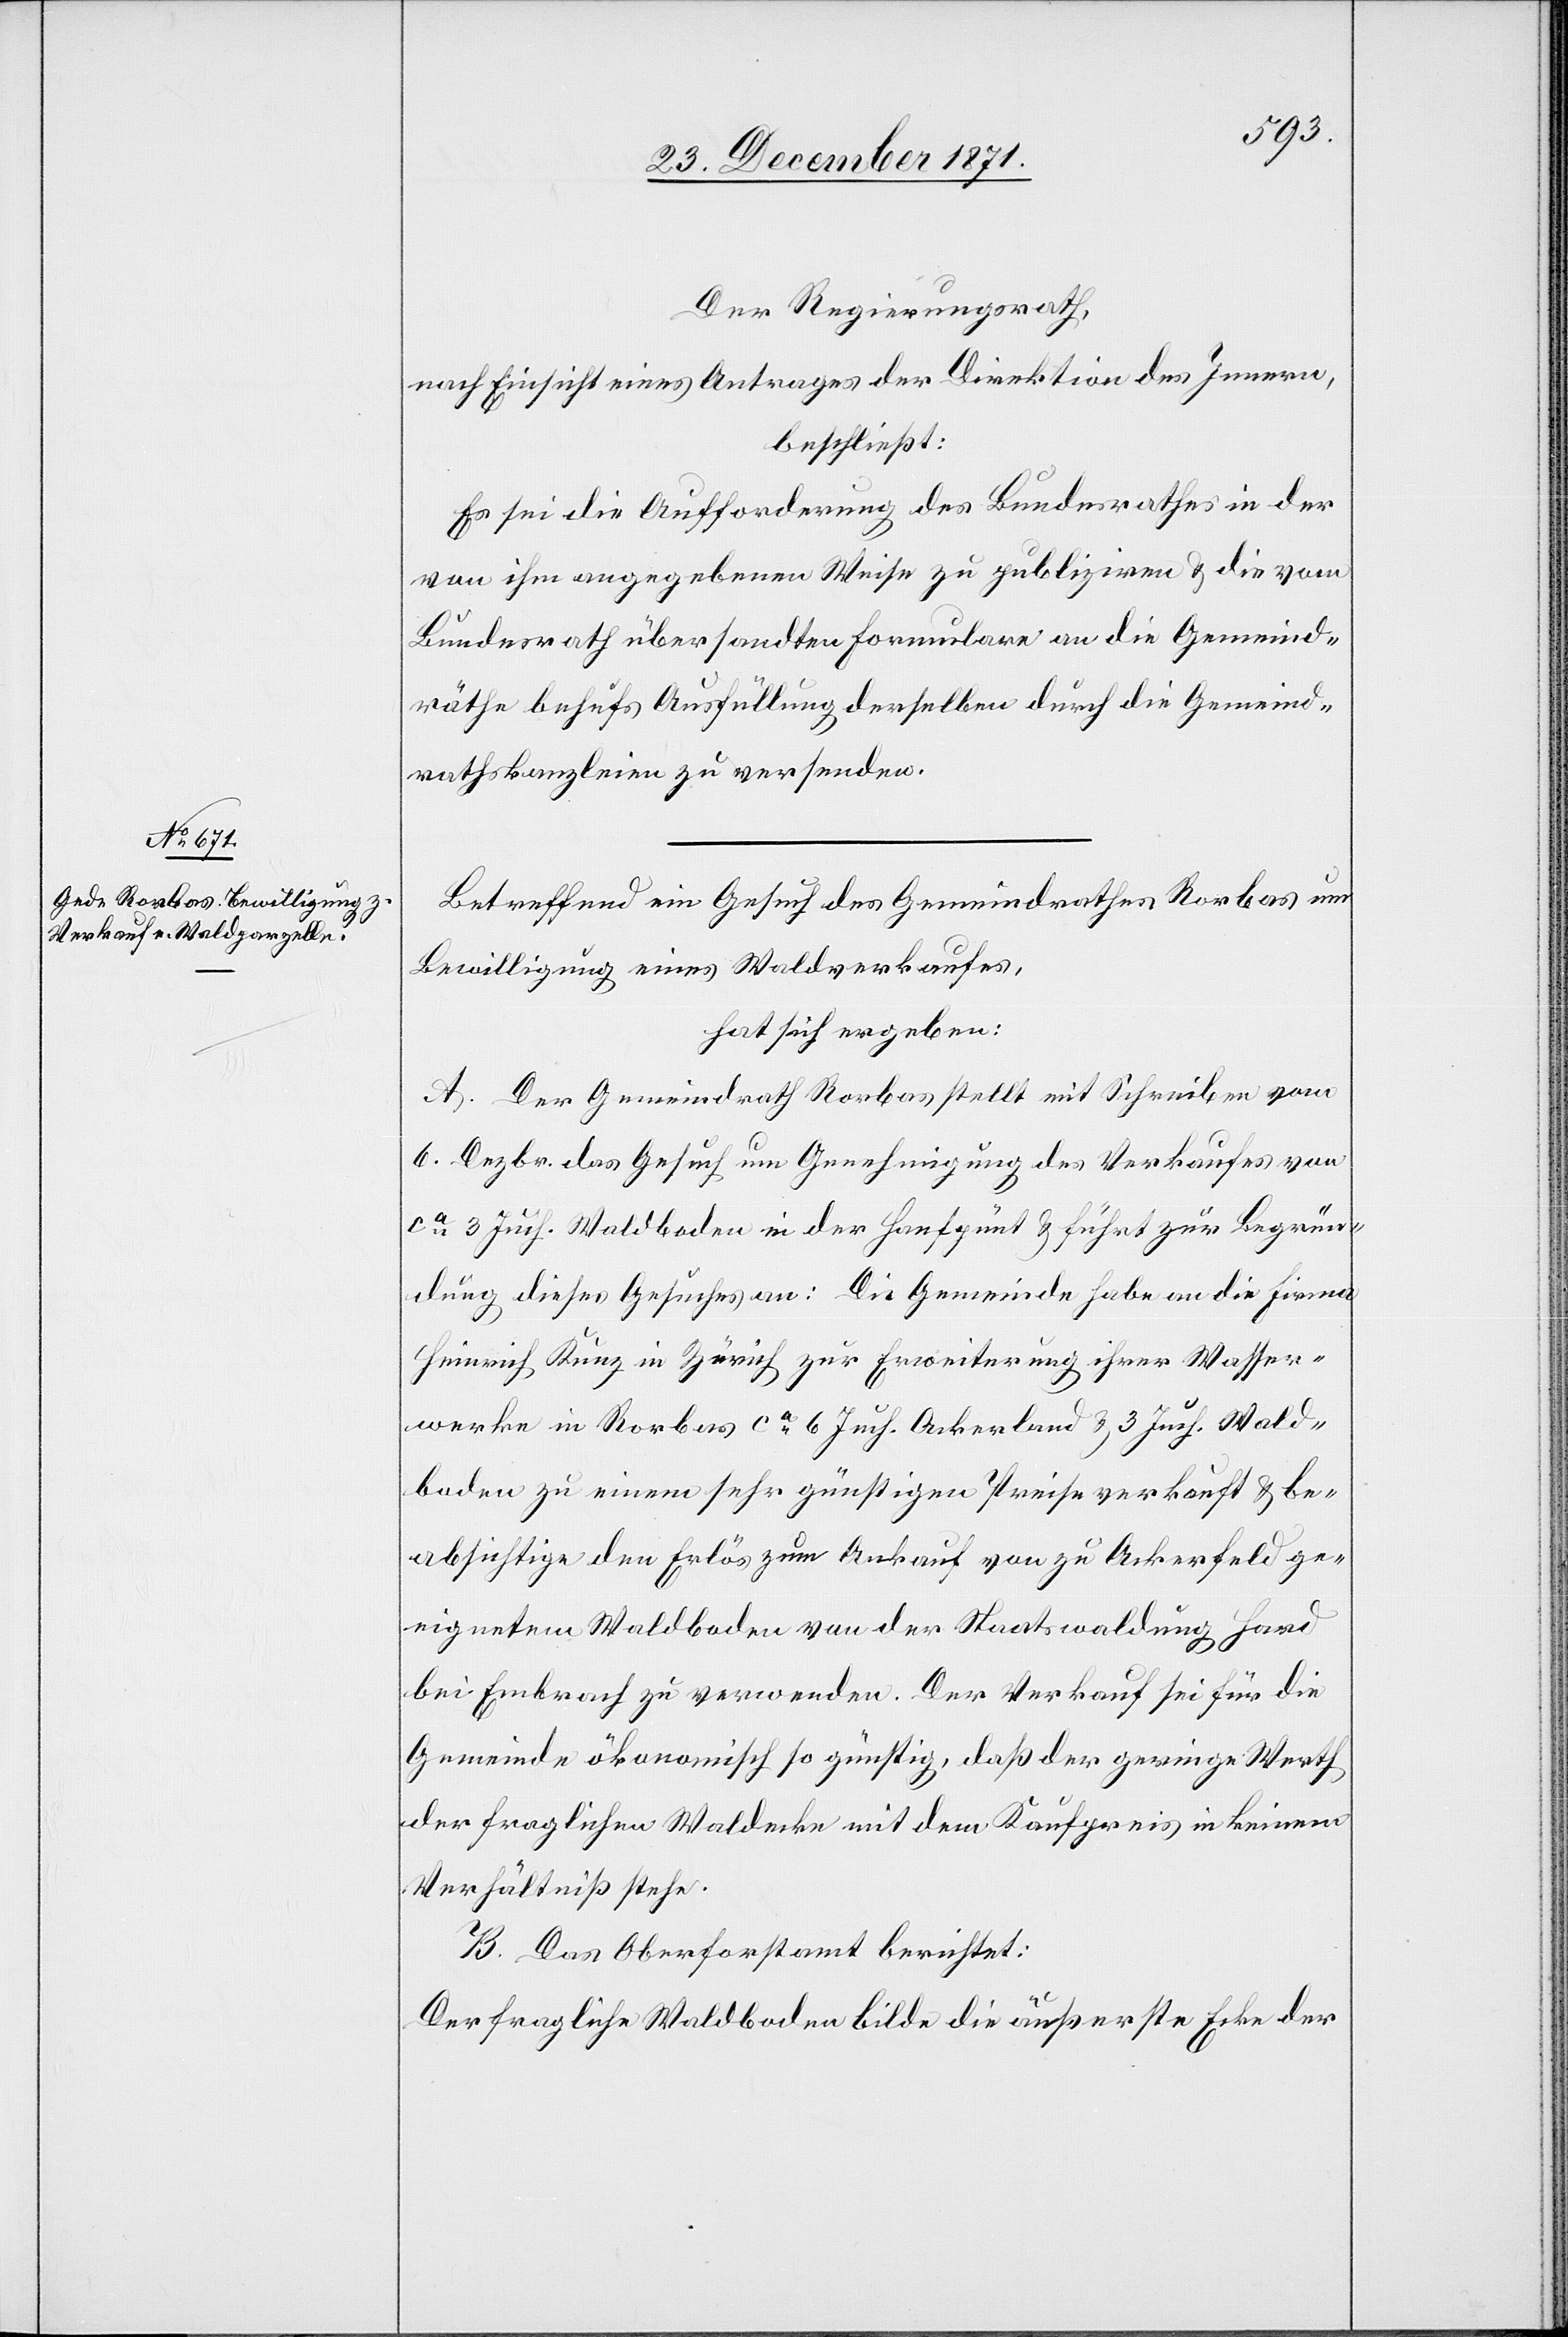
Der Regierungsrath,
nach Einsicht eines Antrages der Direktion des Innern,
beschließt:
Es sei die Aufforderung des Bundesrathes in der
von ihm angegebenen Weise zu publiziren & die vom
Bundesrath übersandten Formulare an die Gemeind¬
räthe behufs Ausfüllung derselben durch die Gemeind¬
rathskanzleien zu versenden.
Betreffend ein Gesuch des Gemeindrathes Rorbas um
Bewilligung eines Waldverkaufes,
hat sich ergeben:
A. Der Gemeindrath Rorbas stellt mit Schreiben vom
6. Dezbr. das Gesuch um Genehmigung des Verkaufes von
ca. 3 Juch. Waldboden in der Hanfpünt & führt zur Begrün¬
dung dieses Gesuches an: Die Gemeinde habe an die Firma
Heinrich Kunz in Zürich zur Erweiterung ihrer Wasser¬
werke in Rorbas ca 6 Juch. Ackerland & 3 Juch. Wald¬
boden zu einem sehr günstigen Preise verkauft & be¬
absichtige den Erlös zum Ankauf von zu Ackerfeld ge¬
eignetem Waldboden von der Staatswaldung Hard
bei Embrach zu verwenden. Der Verkauf sei für die
Gemeinde ökonomisch so günstig, daß der geringe Werth
der fraglichen Waldecke mit dem Kaupfreis in keinem
Verhältniß stehe.
B. Das Oberforstamt berichtet:
Der fragliche Waldboden bilde die äußerste Ecke der